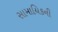
સામાયિકની